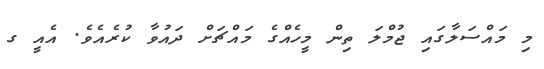
މި މައްސަލާގައި ޖުމްލަ ތިން މީހެއްގެ މައްޗަށް ދައުވާ ކުރެއެވެ. އެއީ ގ